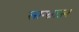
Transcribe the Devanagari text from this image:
साम्म्राज्य